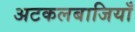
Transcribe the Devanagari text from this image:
अटकलबाजियाँ